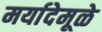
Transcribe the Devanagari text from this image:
मर्यादेमूळे